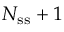
N _ { \mathrm { s s } } + 1